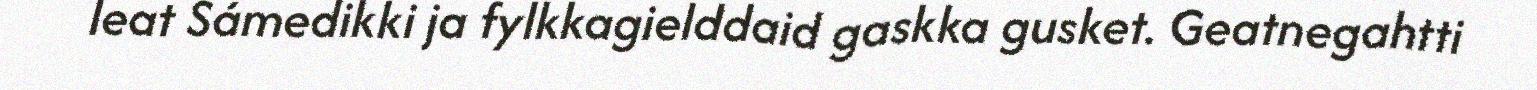
leat Sámedikki ja fylkkagielddaid gaskka gusket. Geatnegahtti